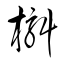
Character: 槲